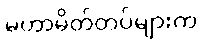
မဟာမိတ်တပ်များက